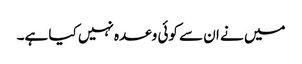
میں نے ان سے کوئی وعدہ نہیں کیا ہے۔